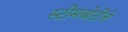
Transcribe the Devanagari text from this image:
स्टीमबोटींचे